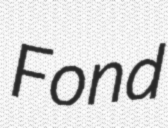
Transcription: Fond